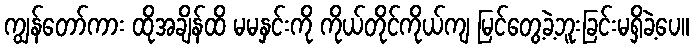
ကျွန်တော်ကား ထိုအချိန်ထိ မမနှင်းကို ကိုယ်တိုင်ကိုယ်ကျ မြင်တွေ့ခဲ့ဘူးခြင်းမရှိခဲ့ပေ။